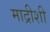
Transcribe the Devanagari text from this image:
माद्रीशी